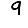
Digit: 9